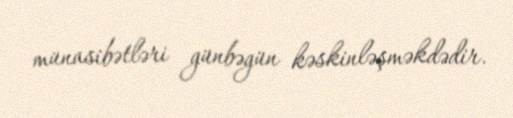
münasibətləri günbəgün kəskinləşməkdədir.